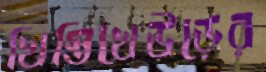
খিস্তিখেউড়ের